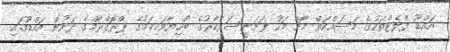
އައްޑޫ ފްލެޓްތަކުގެ މަސައްކަތް މާޗް މަހު ފަށަނީސަރުކާރުގެ ބޯހިޔާވަހިކަމުގެ ޕްރޮގްރާމްގެ ދަށުން އައްޑޫގައި